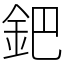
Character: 鈀